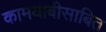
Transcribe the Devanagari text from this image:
कामयाबीसाबित